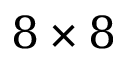
8 \times 8